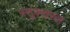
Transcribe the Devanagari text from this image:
स्ट्र्क्चरल